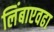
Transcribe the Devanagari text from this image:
लिंबाएवढा